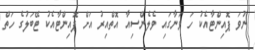
ނުވަ ޕޮއިންޓާއެކު ހަ ވަނާގައި ވެލެންސިއާ އޮތްއިރު އަށް ޕޮއިންޓާއެކު ޓޭބަލުގެ ހަތް